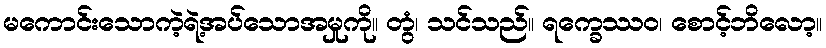
မကောင်းသောကဲ့ရဲ့အပ်သောအမှုကို။ တွံ၊ သင်သည်။ ရက္ခေဿဝ၊ စောင့်ဘိလော့။